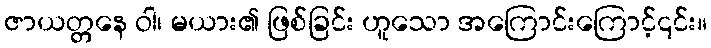
ဇာယတ္တနေ ဝါ၊ မယား၏ ဖြစ်ခြင်း ဟူသော အကြောင်းကြောင့်၎င်း။